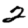
Digit: 2